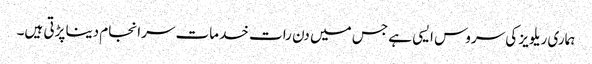
ہماری ریلویز کی سروس ایسی ہے جس میں دن رات خدمات سرانجام دینا پڑتی ہیں۔